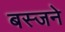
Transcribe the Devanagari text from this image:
बस्जने